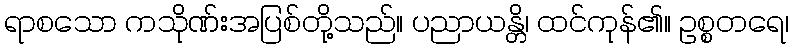
ရာစသော ကသိုဏ်းအပြစ်တို့သည်။ ပညာယန္တိ၊ ထင်ကုန်၏။ ဥစ္စတရေ၊